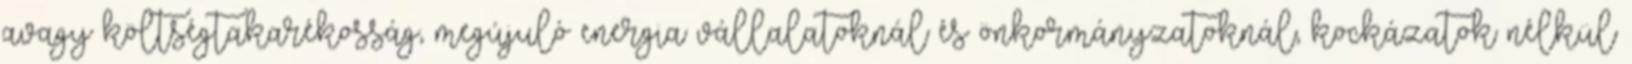
avagy költségtakarékosság, megújuló energia vállalatoknál és önkormányzatoknál, kockázatok nélkül